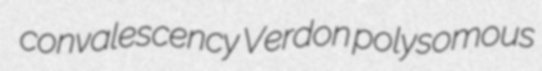
convalescency Verdon polysomous